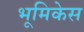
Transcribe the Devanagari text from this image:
भूमिकेस